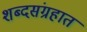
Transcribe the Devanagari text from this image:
शब्दसंग्रहात